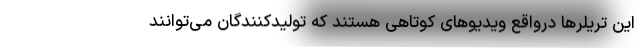
این تریلرها درواقع ویدیوهای کوتاهی هستند که تولیدکنندگان می‌توانند